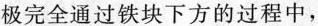
极完全通过铁块下方的过程中，